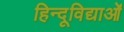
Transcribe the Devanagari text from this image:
हिन्दूविद्याओं